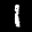
Label: 1